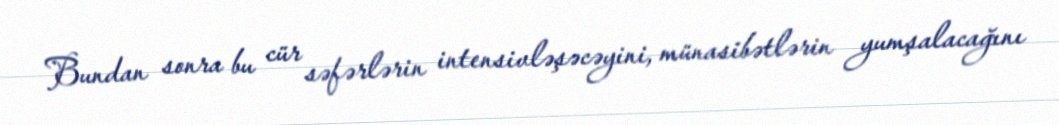
Bundan sonra bu cür səfərlərin intensivləşəcəyini, münasibətlərin yumşalacağını